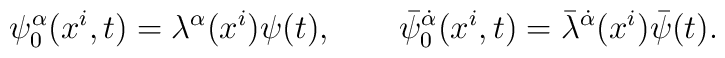
\psi_0^{\alpha}(x^i,t) = \lambda^{\alpha}(x^i) \psi(t), \qquad\bar\psi_0^{\dot\alpha}(x^i,t) = \bar\lambda^{\dot\alpha}(x^i) \bar\psi(t).